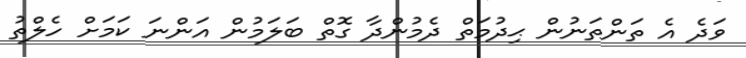
ވަދެ އެ ތަންތަނުން ޙިދުމަތް ދެމުންދާ ގޮތް ބަލަމުން އަންނަ ކަމަށް ހެލްތު